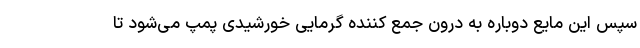
سپس این مایع دوباره به درون جمع کننده گرمایی خورشیدی پمپ می‌شود تا